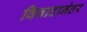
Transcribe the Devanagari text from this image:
विवादानंतर